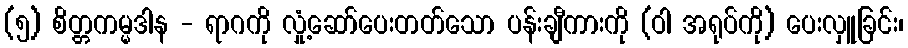
(၅) စိတ္တကမ္မဒါန - ရာဂကို လှုံ့ဆော်ပေးတတ်သော ပန်းချီကားကို (ဝါ အရုပ်ကို) ပေးလှူခြင်း၊